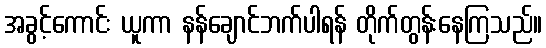
အခွင့်ကောင်း ယူကာ နန်ချောင်ဘက်ပါရန် တိုက်တွန်းနေကြသည်။